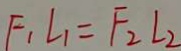
F _ { 1 } L _ { 1 } = F _ { 2 } L _ { 2 }